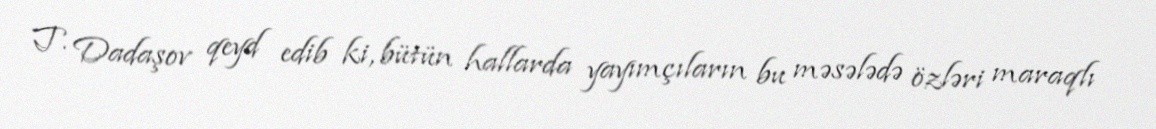
T. Dadaşov qeyd edib ki, bütün hallarda yayımçıların bu məsələdə özləri maraqlı